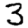
Digit: 3